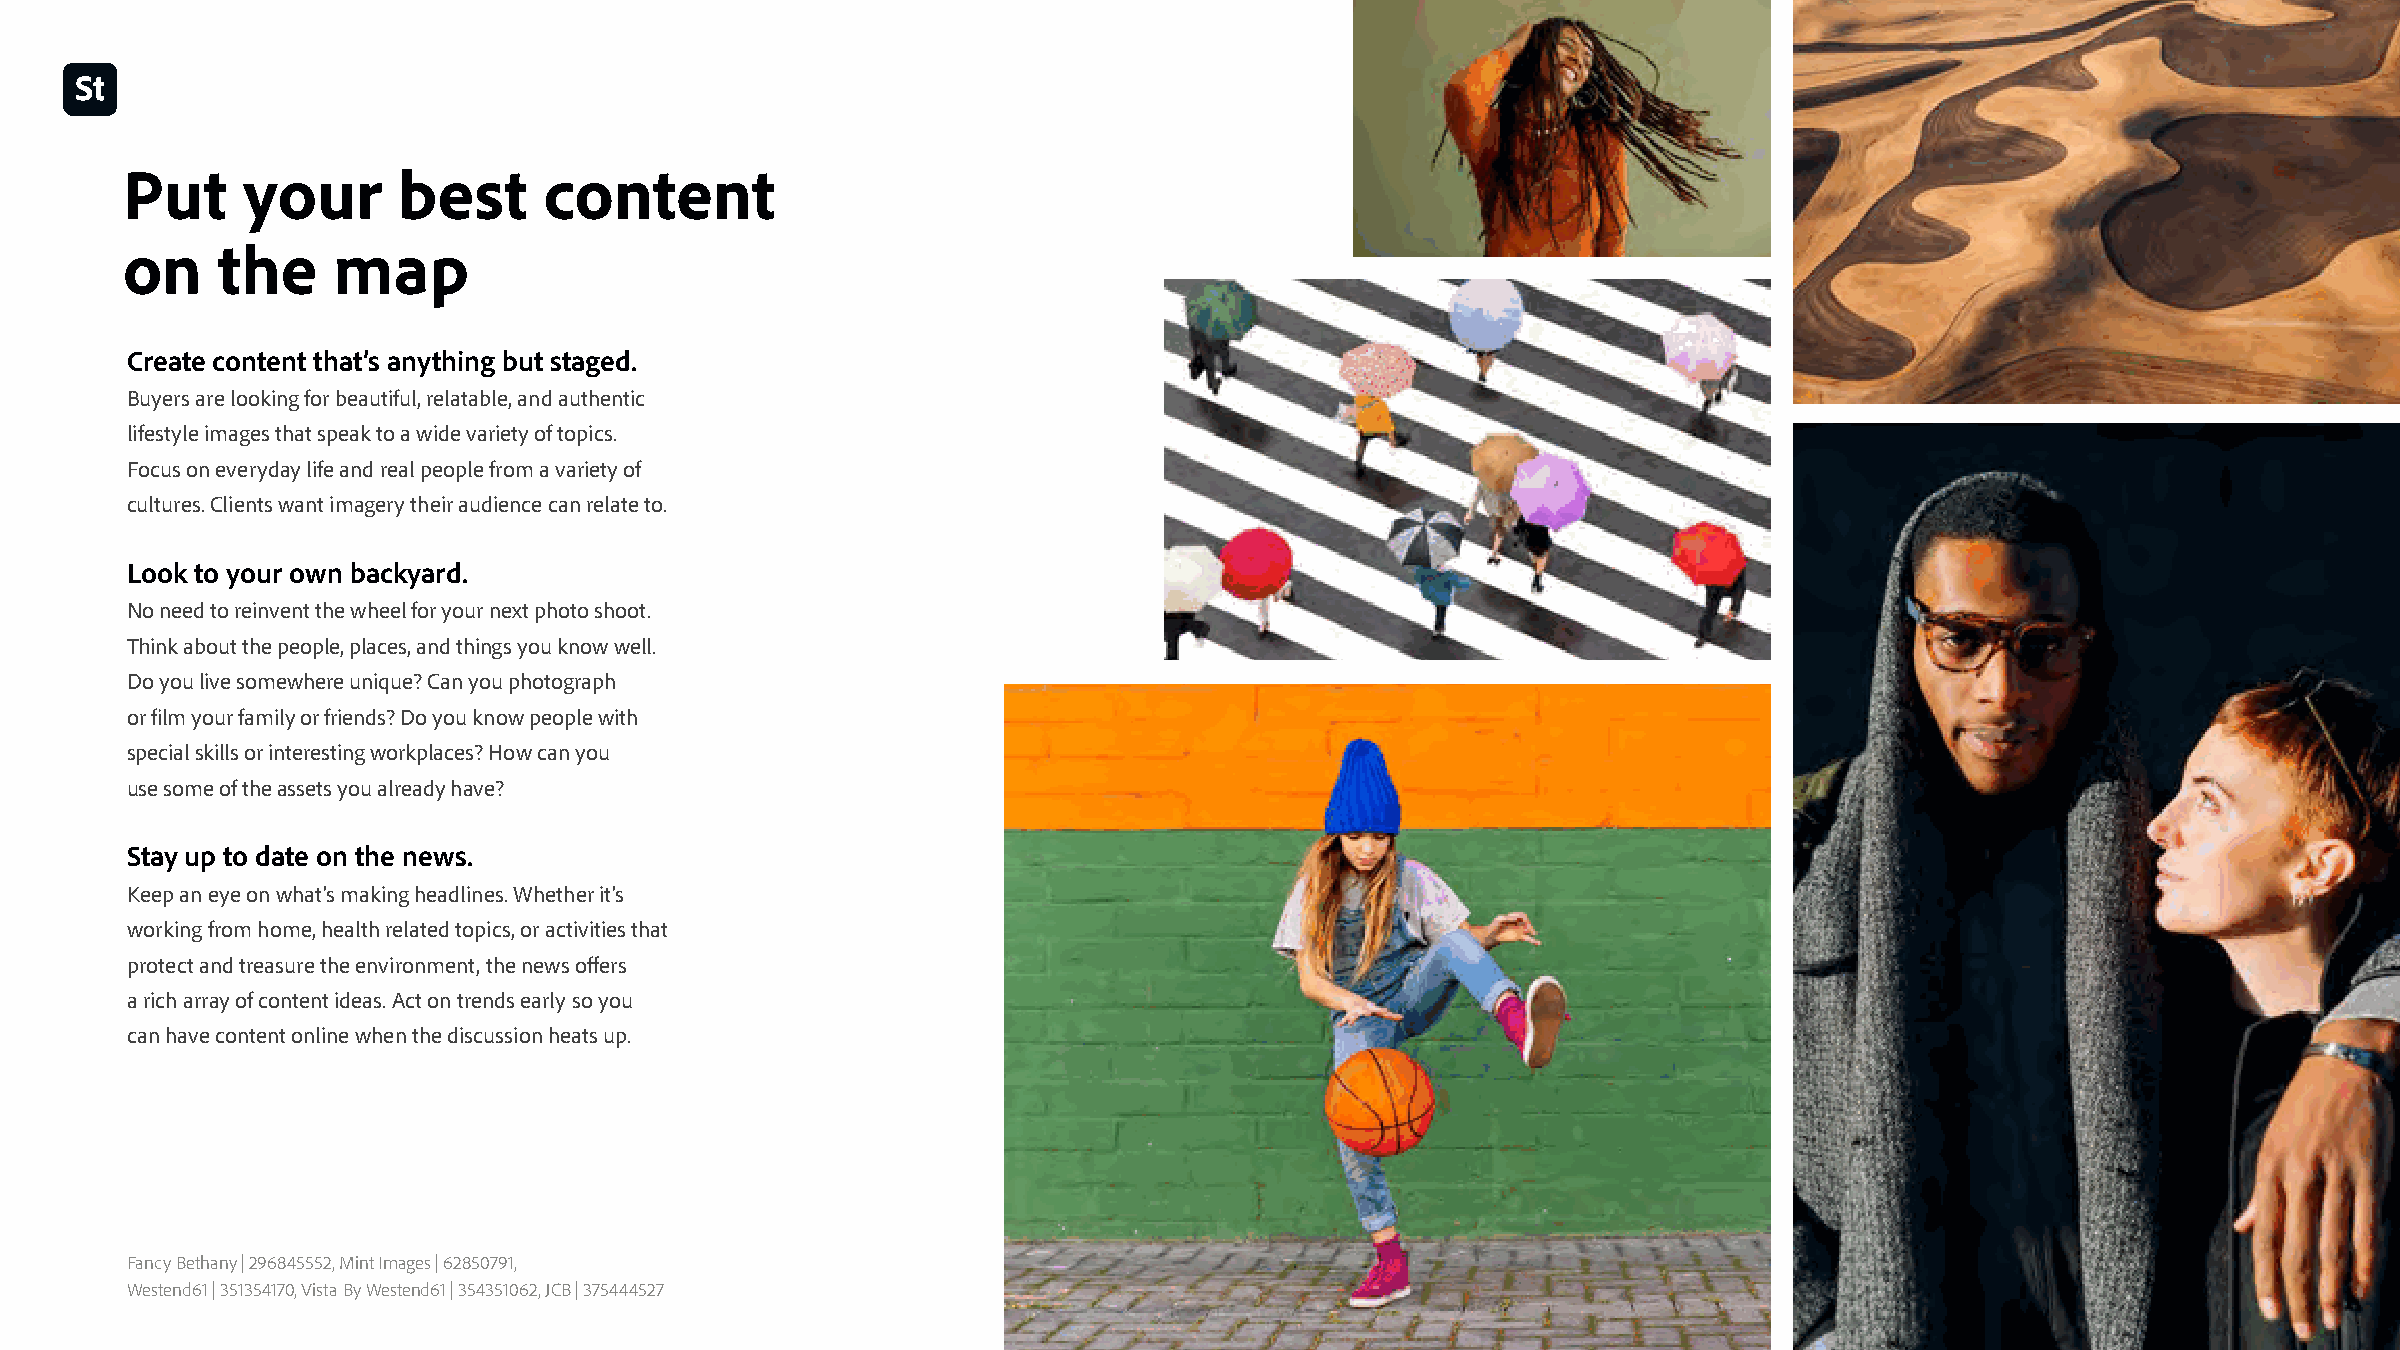
Put     your      best      content
 on    the     map
 Create content that’s anything but staged
 Buyers are looking for beautiful, relatable, and authentic
 lifestyle images that speak to a wide variety of topics.
 Focus on everyday life and real people from a variety of
 cultures. Clients want imagery their audience can relate to.
 Look to your own backyard
 No need to reinvent the wheel for your next photo shoot.
 Think about the people, places, and things you know well.
 Do you live somewhere unique? Can you photograph
 or film your family or friends? Do you know people with
 special skills or interesting workplaces? How can you
 use some of the assets you already have?
 Stay up to date on the news
 Keep an eye on what’s making headlines. Whether it’s
 working from home, health related topics, or activities that
 protect and treasure the environment, the news offers
 a rich array of content ideas. Act on trends early so you
 can have content online when the discussion heats up.
 Fancy Bethany | 296845552, Mint Images | 62850791,
 Westend61 | 351354170, Vista By Westend61 | 354351062, JCB | 375444527